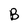
Character: B